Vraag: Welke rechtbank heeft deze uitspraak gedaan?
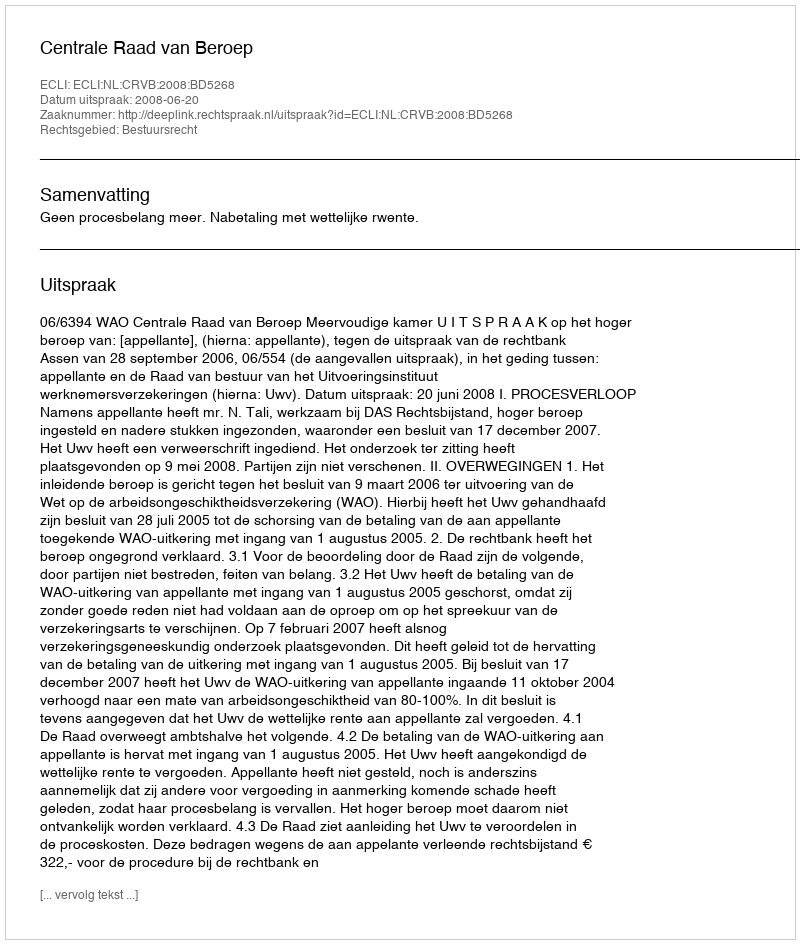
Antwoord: Centrale Raad van Beroep